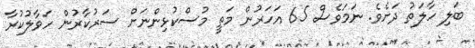
ބަލި ހާލަތު ދަށެވެ. ނަމަވެސް 65 އަހަރުން މަތީ މުސްކުޅިންނަށް ސަރުކާރުން ހަވާލުކުރާ